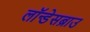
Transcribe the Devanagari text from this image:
लॉन्डेसब्राउ